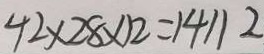
4 2 \times 2 8 \times 1 2 = 1 4 1 1 2